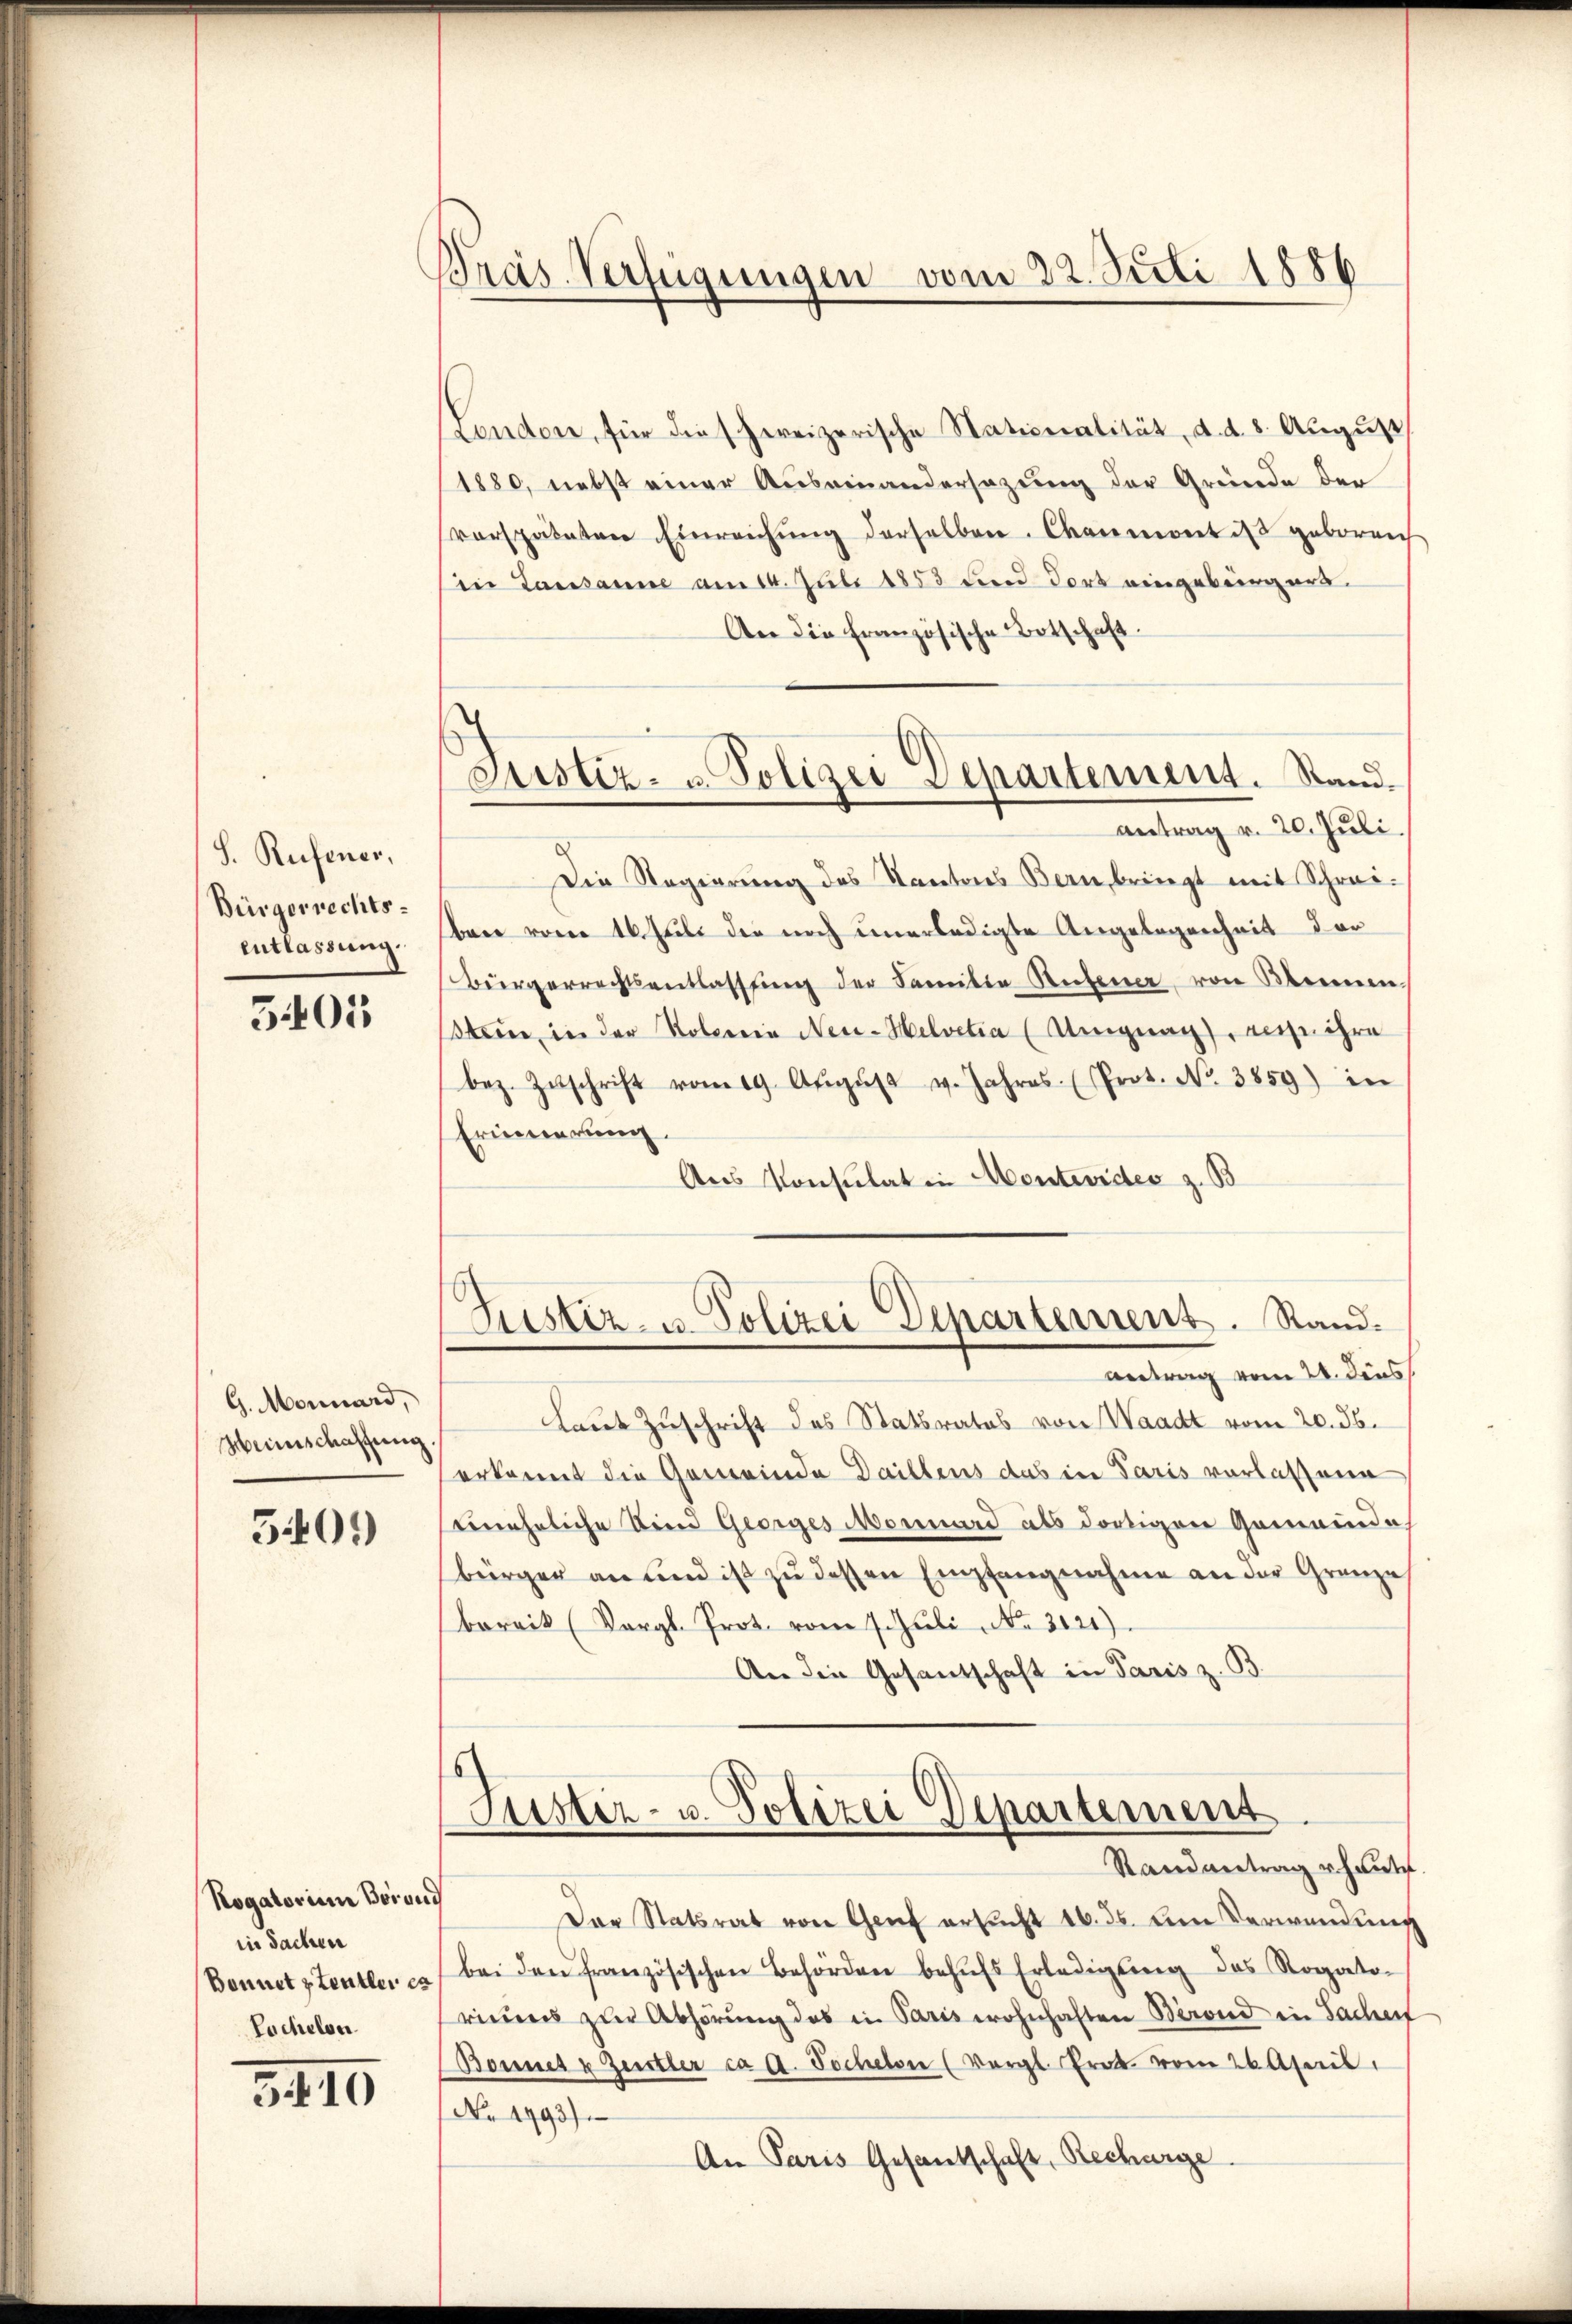
S. Rufener,
Bürgerrechts-
Entlassung.

5401

G. Monnard,
Weinschaffung

5401)

Rogatorium Borond
in Sachen
Bonnetztentler es
Locheleu

3410

Pras-Verfügungen vom 22. Juli 1886

Justiz- u. Polizei Departement. Stand.

London, für die schweizerische Stationalität, d. d. 8. August
1880, nebst einer Auseinandersezung der Gründe der
verspäteten Einreichŭng derselben. Charmont ist geboren
in Lausanne am 14. Juli 1853 der dort eingebürgers
An die französische Botschaft.
Antrag v. 20. Juli.
Die Regierung des Kantons Bern, bringt mit Schreiben vom 16. Juli die noch unerledigte Angelegenheit der
Bürgerrechtsentlassung der Familie Rufener von Sonnen.
Stein, in der Kolerein Neu-Helvetia (Umigung, resp. ihre
bez. Zŭschrift vom 19. Aŭgŭst v. Jahres. (Prot. No 3859) in
Erinnerung,
Aus Konsulat in Montevides z. B
Justiz- u. Polizei Departement. Stand.
Betrag vom 24. Dies
Laut Zuschrift des Statsrates von Waadt vom 20. 36.
erkannt die Gemeinde Daillens das in Paris verlassene
neheliche Dein Georges Monard als dortigen Gemeinde
bürger an und ist zu dessen Empfangnahme an der Gränze
barrik (Vergl. Prot. vom 7. Jŭli No 3121).
An die Gesantschaft in Paris z. B.
¬

Lister- u. Polizei Departement
Randantrag haut.

Der Statsrat von Genf ersucht 16. ds. um Verwendung
bei den französischen Behörden behufs Erledigung des Rogato-
riums zur Abhörung des in Paris wohnhaften Berond in Sacherf
Bonnet u. Zeitler ca 2. Tocheln (Vergl. Prott. vom 26. April,
No. 1993).
An Paris Gesantschaft, Recharge